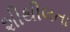
શીથીલતા